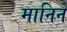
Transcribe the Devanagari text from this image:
मानिने